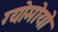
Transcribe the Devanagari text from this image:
ग्योमोयो